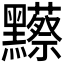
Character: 𪒼